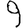
Digit: 9